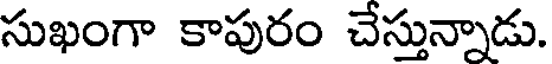
సుఖంగా కాపురం చేస్తున్నాడు.